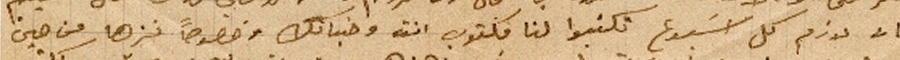
بان لازم كل اسبوع تكتبوا لنا مكتوب انت وخياتك وخصوصاً نزها من حين